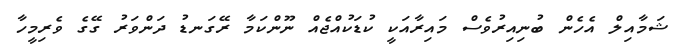
ޝަމާއިލް އެހެން ބުނިއިރުވެސް މައިރާއަކީ ކުޑަކުއްޖެއް ނޫންކަމާ ރޭގަނޑު ދަންވަރު ގޭގެ ވެރިމީހާ